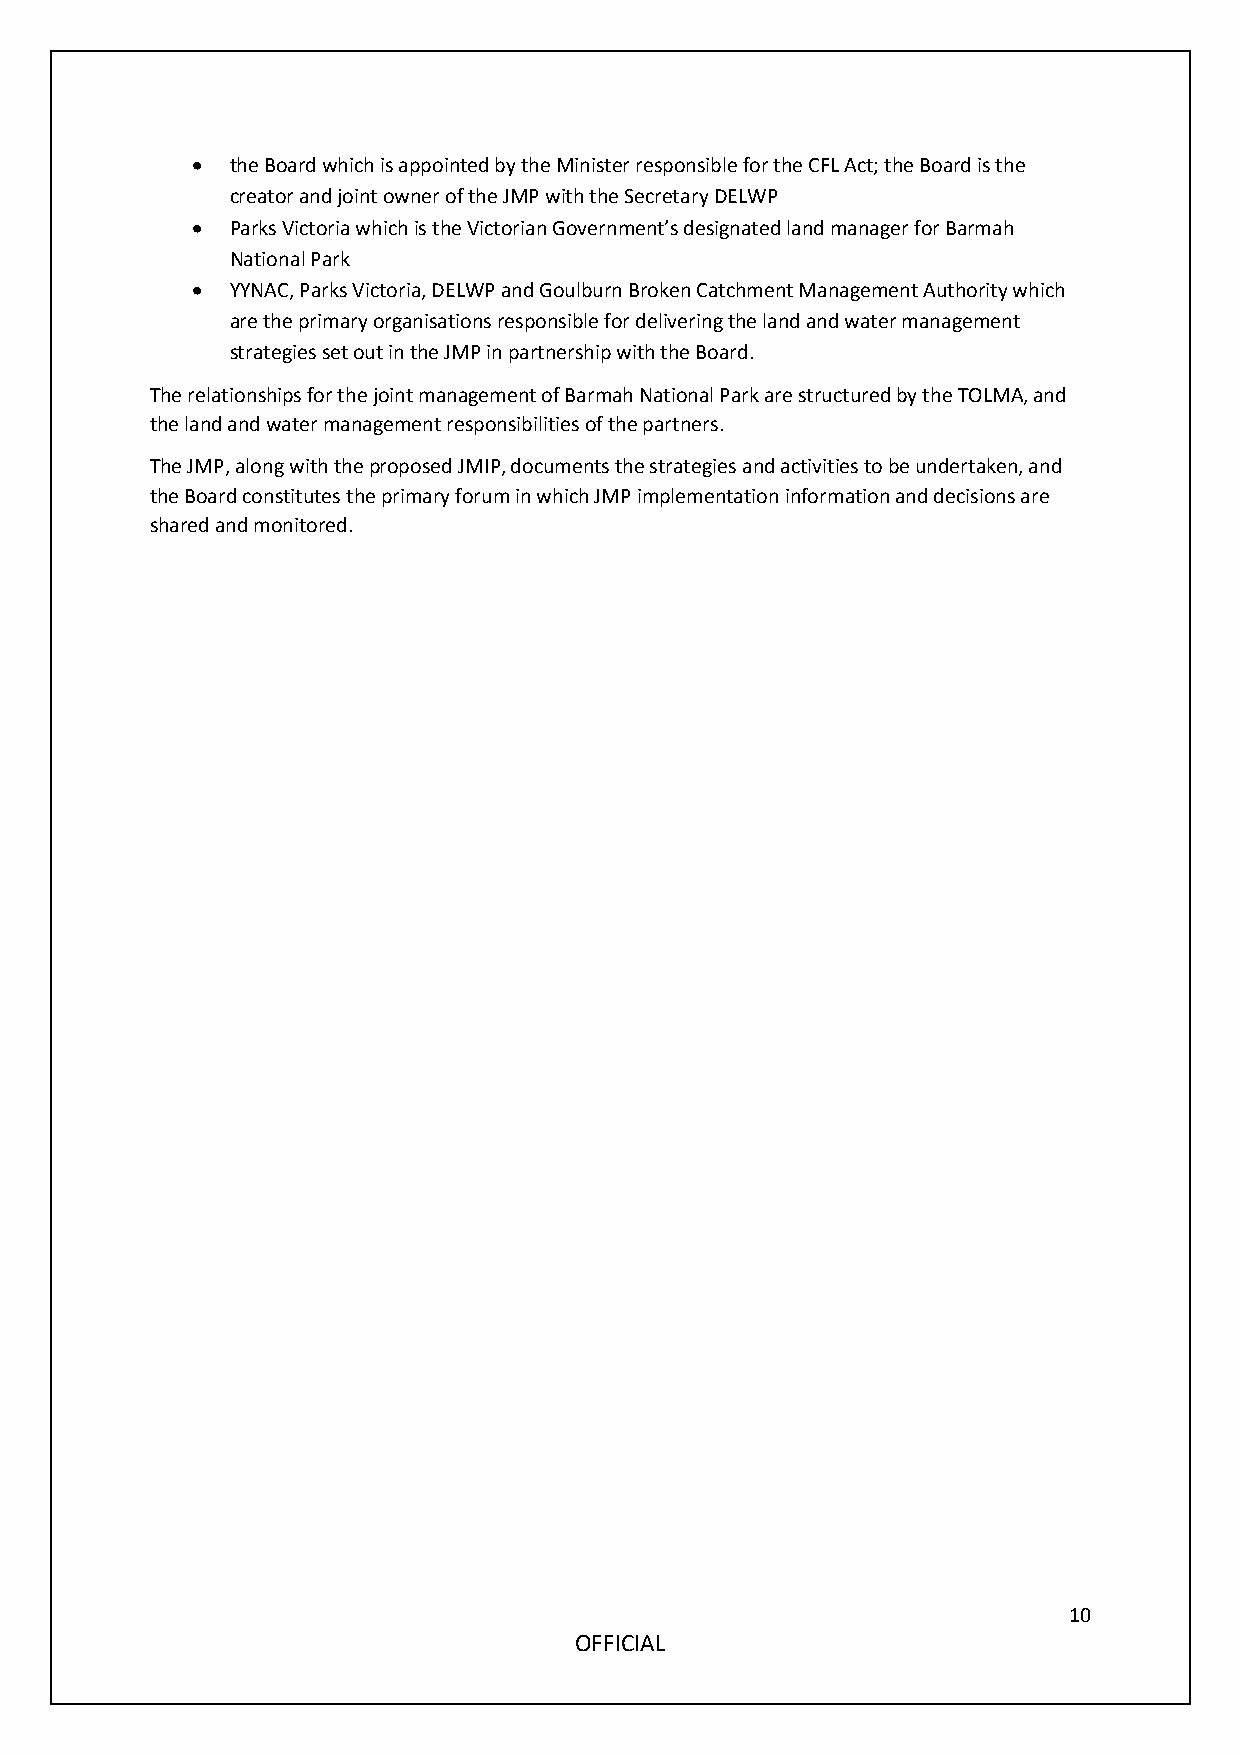
• the Board which is appointed by the Minister responsible for the CFL Act; the Board is the
 creator and joint owner of the JMP with the Secretary DELWP
 • Parks Victoria which is the Victorian Government’s designated land manager for Barmah
 National Park
 • YYNAC, Parks Victoria, DELWP and Goulburn Broken Catchment Management Authority which
 are the primary organisations responsible for delivering the land and water management
 strategies set out in the JMP in partnership with the Board.
 The relationships for the joint management of Barmah National Park are structured by the TOLMA, and
 the land and water management responsibilities of the partners.
 The JMP, along with the proposed JMIP, documents the strategies and activities to be undertaken, and
 the Board constitutes the primary forum in which JMP implementation information and decisions are
 shared and monitored.
 10
 OFFICIAL